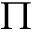
\Pi